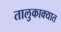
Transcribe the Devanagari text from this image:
तालुकाक्यात